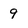
Character: 9